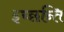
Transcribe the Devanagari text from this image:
इच्छन्ति